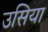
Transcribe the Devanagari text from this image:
उसिया